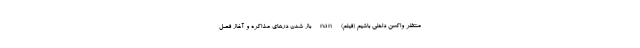
منتظر واکسن داخلی باشیم (فیلم) nan باز شدن درهای مذاکره و آغاز فصل